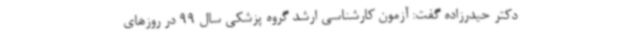
دکتر حیدرزاده گفت: آزمون کارشناسی ارشد گروه پزشکی سال 99 در روزهای